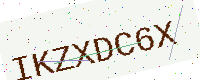
Text: IKZXDC6X